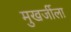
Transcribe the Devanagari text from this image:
मुखर्जीला